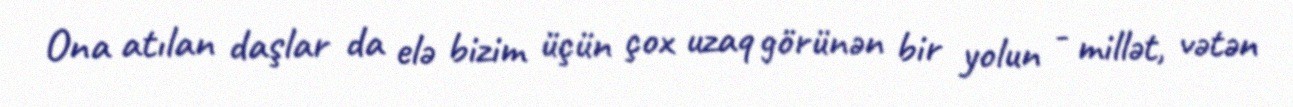
Ona atılan daşlar da elə bizim üçün çox uzaq görünən bir yolun - millət, vətən